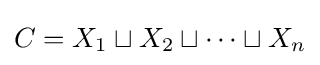
C=X_{1}\sqcup X_{2}\sqcup \cdots \sqcup X_{n}